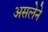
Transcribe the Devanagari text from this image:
असलेने